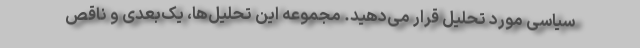
سیاسی مورد تحلیل قرار می‌دهید. مجموعه این تحلیل‌ها، یک‌بعدی و ناقص